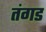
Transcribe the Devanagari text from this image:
तंगड